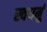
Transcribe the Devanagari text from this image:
स्वधर्मु